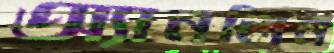
অ্যানলিন